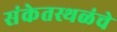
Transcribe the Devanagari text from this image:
संकेतस्थळंचे